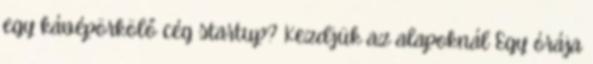
egy kávépörkölő cég startup? Kezdjük az alapoknál Egy órája